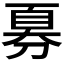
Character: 𫦍